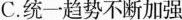
C.统一趋势不断加强